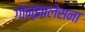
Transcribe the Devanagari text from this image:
गोन्झालेसना